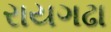
રાયગઢા